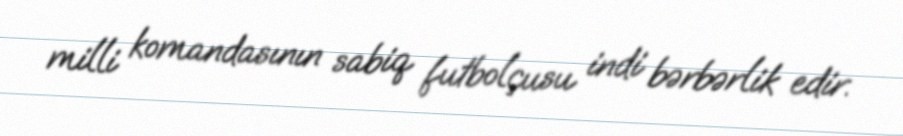
milli komandasının sabiq futbolçusu indi bərbərlik edir.